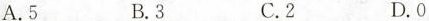
A.5 B.3 C.2 D.0